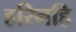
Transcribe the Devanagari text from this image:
हरिनहि